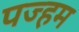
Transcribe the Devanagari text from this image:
पज्हम